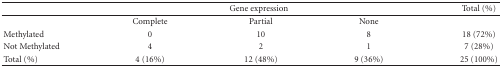
|  | <COLSPAN=3> Gene expression | Total (%) |
 | --- | --- | --- | --- | --- |
 |  | Complete | Partial | None |  |
 | Methylated | 0 | 10 | 8 | 18 (72%) |
 | Not Methylated | 4 | 2 | 1 | 7 (28%) |
 | Total (%) | 4 (16%) | 12 (48%) | 9 (36%) | 25 (100%) |